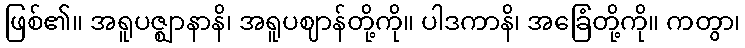
ဖြစ်၏။ အရူပဇ္ဈာနာနိ၊ အရူပဈာန်တို့ကို။ ပါဒကာနိ၊ အခြေံတို့ကို။ ကတွာ၊